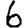
Digit: 6